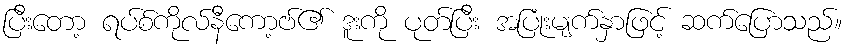
ပြီးတော့ ရပ်စ်ကိုလ်နီကော့ဗ်၏ ဒူးကို ပုတ်ပြီး အပြုံးမျက်နှာဖြင့် ဆက်ပြောသည်။